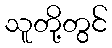
သူတို့တွင်